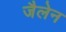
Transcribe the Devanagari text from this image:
जैलेन